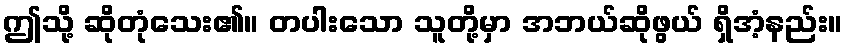
ဤသို့ ဆိုတုံသေး၏။ တပါးသော သူတို့မှာ အဘယ်ဆိုဖွယ် ရှိအံ့နည်း။